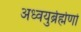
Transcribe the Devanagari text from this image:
अध्वयुर्ब्रर्ह्मणो